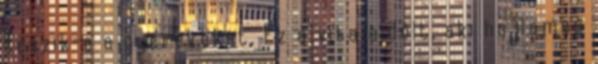
teszik-e a gyerekeket. Ez a vita eldőlt, aki hajlamos